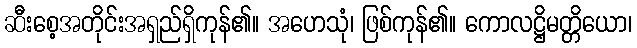
ဆီးစေ့အတိုင်းအရှည်ရှိကုန်၏။ အဟေသုံ၊ ဖြစ်ကုန်၏။ ကောလဋ္ဌိမတ္တိယော၊